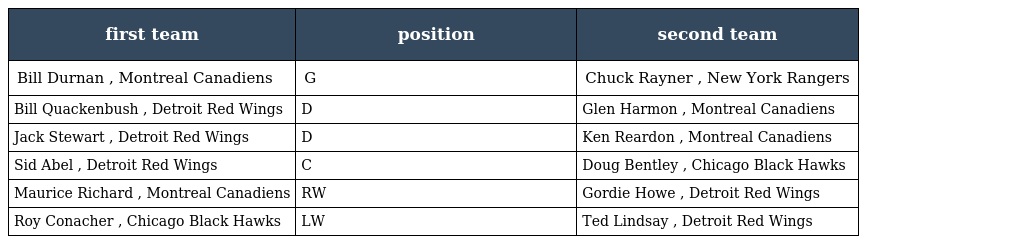
| first team | position | second team |
 | --- | --- | --- |
 | Bill Durnan , Montreal Canadiens | G | Chuck Rayner , New York Rangers |
 | Bill Quackenbush , Detroit Red Wings | D | Glen Harmon , Montreal Canadiens |
 | Jack Stewart , Detroit Red Wings | D | Ken Reardon , Montreal Canadiens |
 | Sid Abel , Detroit Red Wings | C | Doug Bentley , Chicago Black Hawks |
 | Maurice Richard , Montreal Canadiens | RW | Gordie Howe , Detroit Red Wings |
 | Roy Conacher , Chicago Black Hawks | LW | Ted Lindsay , Detroit Red Wings |